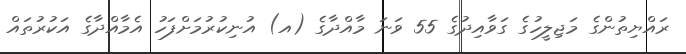
ރައްޔިތުންގެ މަޖިލީހުގެ ގަވާއިދުގެ 55 ވަނަ މާއްދާގެ (އ) އުނިކުރުމަށްފަހު އެމާއްދާގެ އަކުރުތައް